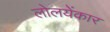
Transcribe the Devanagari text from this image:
लोलयेंकार